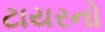
ટાયરનો